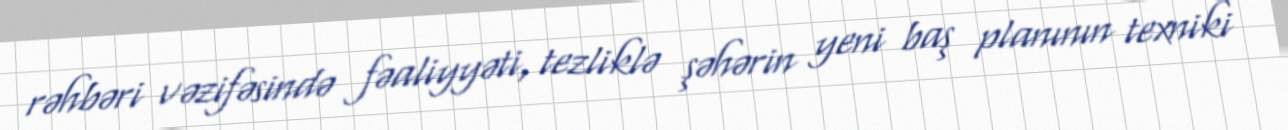
rəhbəri vəzifəsində fəaliyyəti, tezliklə şəhərin yeni baş planının texniki